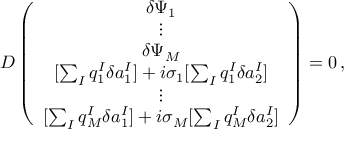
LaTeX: { \cal D } \left( \begin{array} { c } { { \delta \Psi _ { 1 } } } \\ { { \vdots } } \\ { { \delta \Psi _ { M } } } \\ { { { [ \sum _ { I } q _ { 1 } ^ { I } \delta a _ { 1 } ^ { I } ] + i \sigma _ { 1 } [ \sum _ { I } q _ { 1 } ^ { I } \delta a _ { 2 } ^ { I } ] } } } \\ { { \vdots } } \\ { { { [ \sum _ { I } q _ { M } ^ { I } \delta a _ { 1 } ^ { I } ] + i \sigma _ { M } [ \sum _ { I } q _ { M } ^ { I } \delta a _ { 2 } ^ { I } ] } } } \end{array} \right) = 0 \, ,